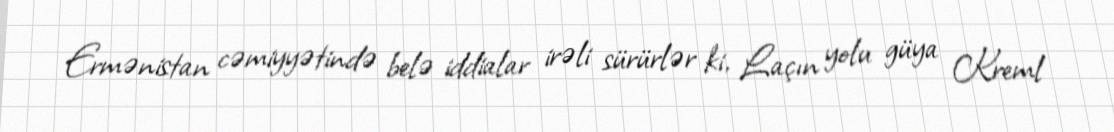
Ermənistan cəmiyyətində belə iddialar irəli sürürlər ki, Laçın yolu güya Kreml